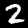
Digit: 2